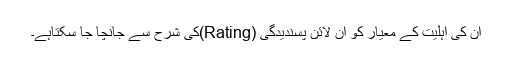
ان کی اہلیت کے معیار کو آن لائن پسندیدگی (Rating)کی شرح سے جانچا جا سکتاہے۔